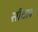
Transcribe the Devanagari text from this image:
सीबल